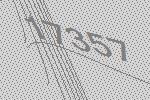
17357